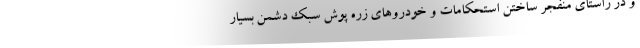
و در راستای منفجر ساختن استحکامات و خودروهای زره پوش سبک دشمن بسیار